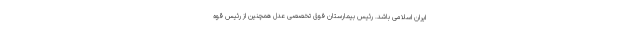
ایران اسلامی باشد. رئیس بیمارستان فوق تخصصی عدل همچنین از رئیس قوه